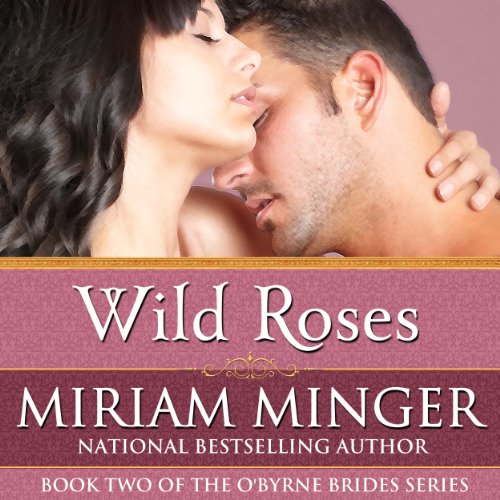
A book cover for Wild Roses: The O'Byrne Brides Series - Book Two; Miriam Minger; Romance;